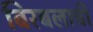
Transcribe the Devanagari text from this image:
बिरबलाची